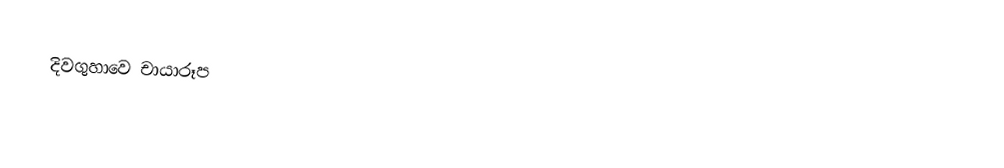
දිවගුහාවෙ චායාරූප